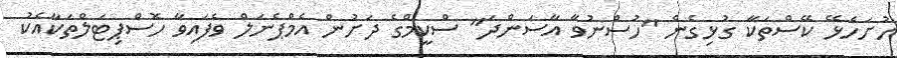
ހުށަހެޅޭ ކޭސްތަކާ ގުޅިގެން "ހުސްނުވާ އާސަންދަ" ސްކީމްގެ ދަށުން އެމްޕެނަލް ވެފައިވާ ހޮސްޕިޓަލްތަކާއެކު